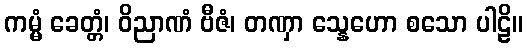
ကမ္မံ ခေတ္တံ၊ ဝိညာဏံ ဗီဇံ၊ တဏှာ သ္နေဟော စသော ပါဠိ။